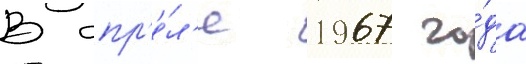
В апр'е́л'е 1967 го́да